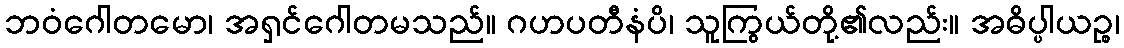
ဘဝံဂေါတမော၊ အရှင်ဂေါတမသည်။ ဂဟပတီနံပိ၊ သူကြွယ်တို့၏လည်း။ အဓိပ္ပါယဉ္စ၊